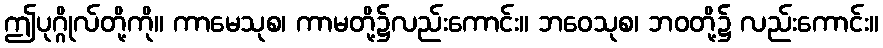
ဤပုဂ္ဂိုလ်တို့ကို။ ကာမေသုစ၊ ကာမတို့၌လည်းကောင်း။ ဘဝေသုစ၊ ဘဝတို့၌ လည်းကောင်း။